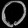
Digit: ၀